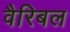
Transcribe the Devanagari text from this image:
वैरिबल